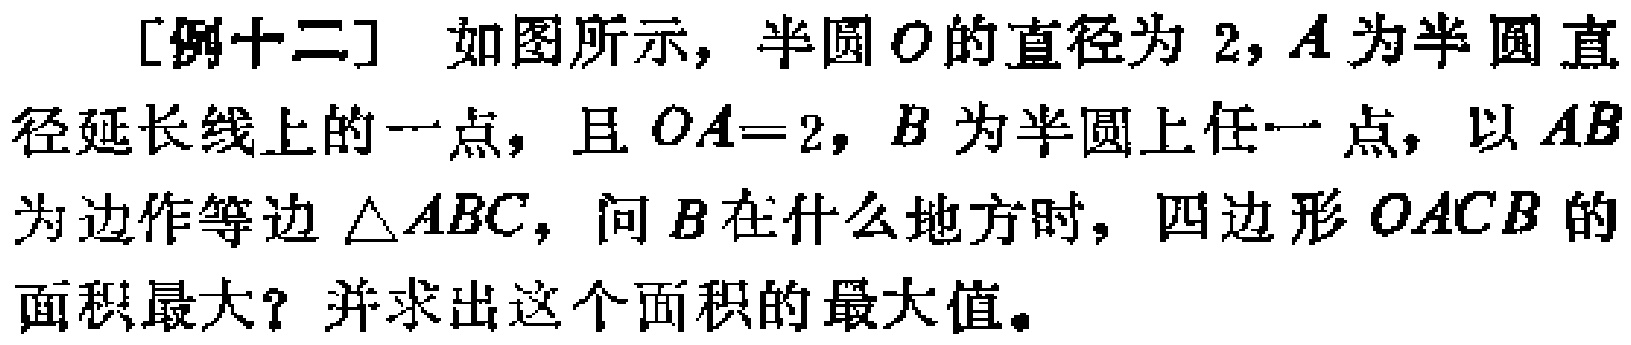
[例十二] 如图所示，半圆\(O\)的直径为 \(2\)，\(A\)为半圆直径延长线上的一点，且 \(OA = 2\)，\(B\)为半圆上任一点，以 \(AB\)为边作等边 \(\triangle ABC\)，问\(B\)在什么地方时，四边形 \(OACB\)的面积最大？并求出这个面积的最大值。